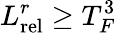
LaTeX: L_{\mathrm{rel}}^{r}\geq T_{F}^{3}